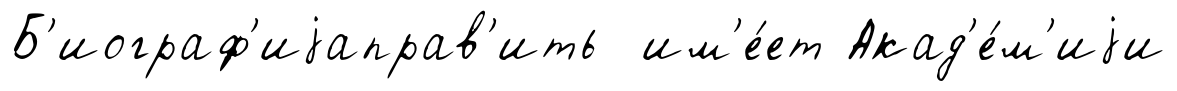
Б'иограф'иjаправ'ить им'е́ет Акад'е́м'иjи